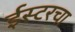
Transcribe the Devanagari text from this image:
ईस्टरचा